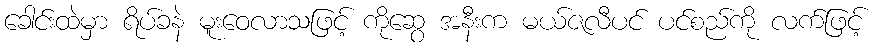
ခေါင်းထဲမှာ ရိပ်ခနဲ မူးဝေလာသဖြင့် ကိုဆွေ အနီးက မယ်ဇလီပင် ပင်စည်ကို လက်ဖြင့်